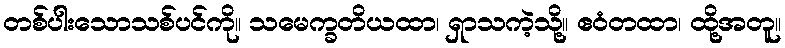
တစ်ပါးသောသစ်ပင်ကို။ သမေက္ခတိယထာ၊ ရှာသကဲ့သို့။ ဧဝံတထာ၊ ထို့အတူ။